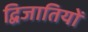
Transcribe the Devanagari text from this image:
द्विजातियों